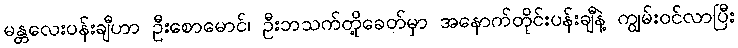
မန္တလေးပန်းချီဟာ ဦးစောမောင်၊ ဦးဘသက်တို့ခေတ်မှာ အနောက်တိုင်းပန်းချီနဲ့ ကျွမ်းဝင်လာပြီး